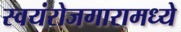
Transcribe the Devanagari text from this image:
स्वयंरोजगारामध्ये